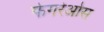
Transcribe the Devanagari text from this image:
फेगरेओस